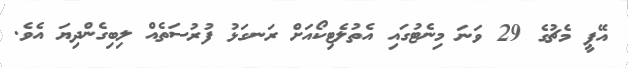
އޭޕީ މެޗުގެ 29 ވަނަ މިނެޓުގައި އެތުލެޓިކޯއަށް ރަނގަޅު ފުރުސަތެއް ލިބިގެންދިޔަ އެވެ.